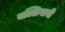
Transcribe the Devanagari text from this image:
बल्लिगावी